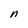
Character: n